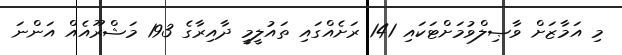
މި އަމާޒަށް ވާޞިލްވުމަށްޓަކައި 141 ރަށެއްގައި ތައުލީމީ ދާއިރާގެ 193 މަޝްރޫއެއް އަންނަ